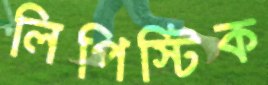
লিপিস্টিক